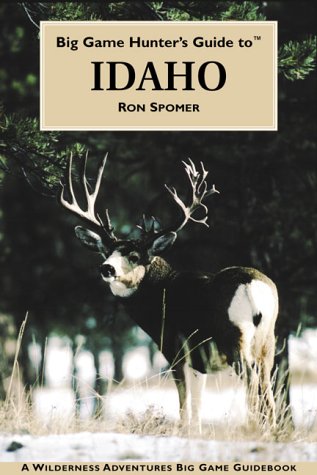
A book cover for Big Game Hunter's Guide to Idaho (Wilderness Adventures Big Game Guidebooks); Ron Spomer; Travel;